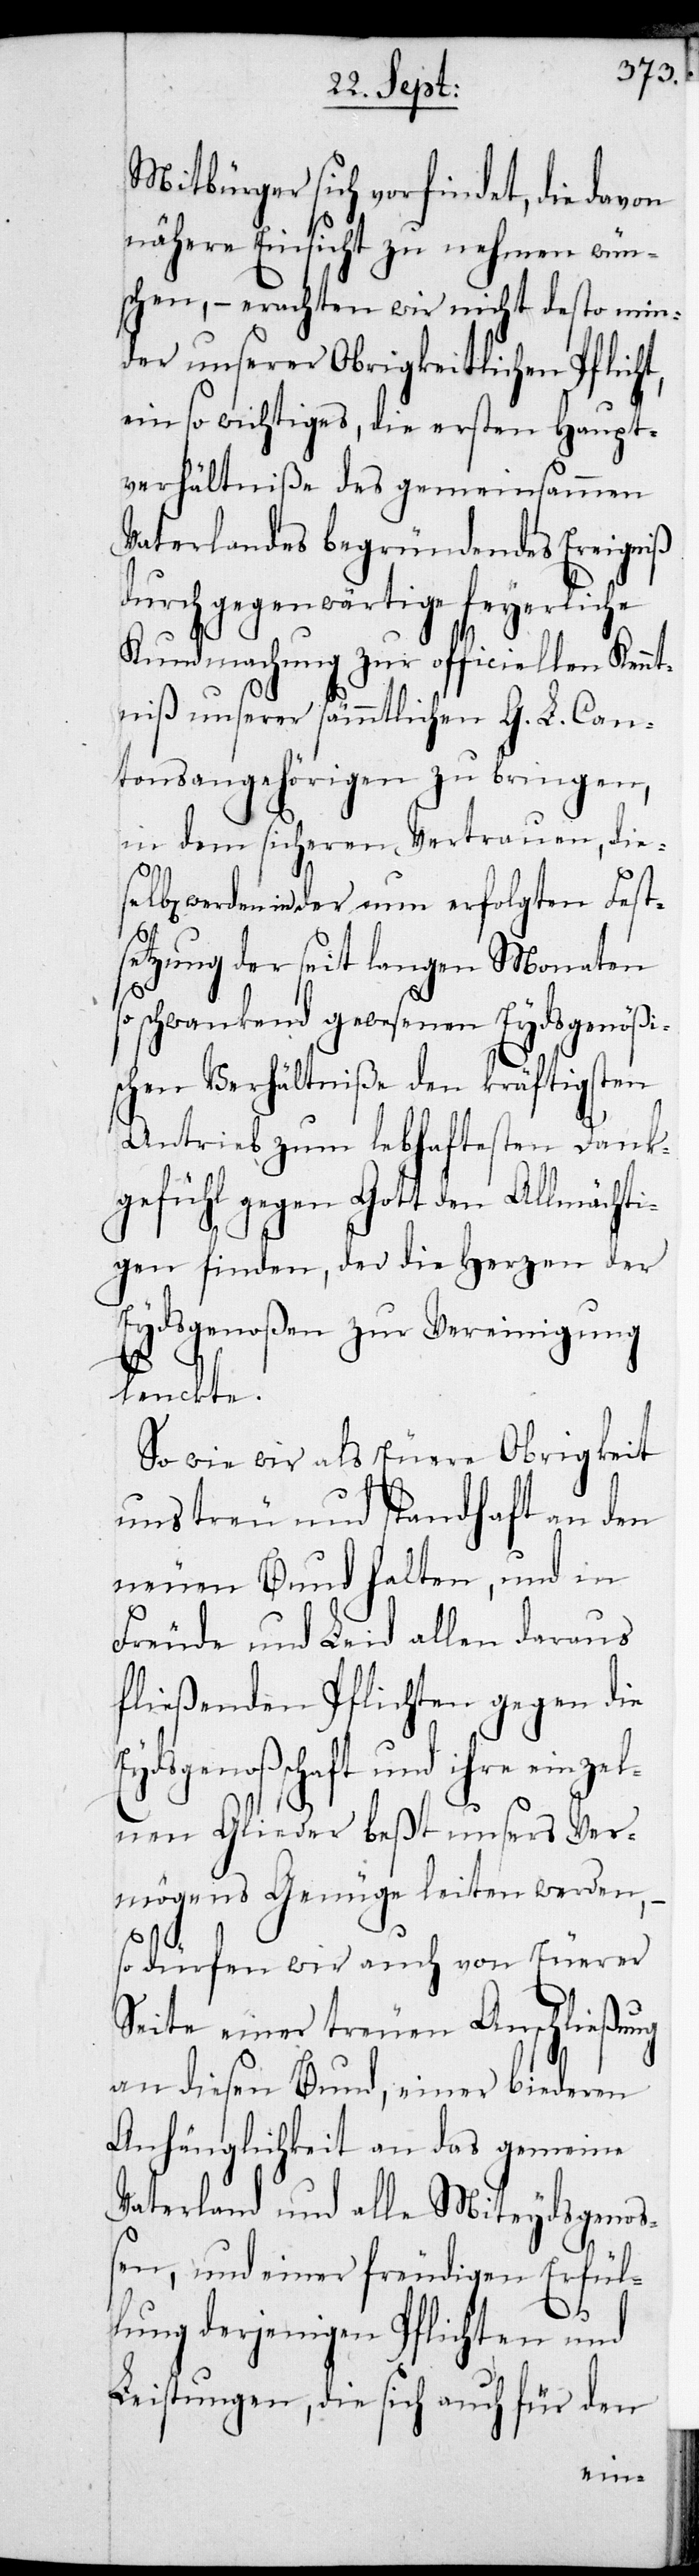
Mitbürger sich vorfindet, die davon
nähere Einsicht zu nehmen wün¬
schen, – erachten wir nicht desto min¬
der unserer Obrigkeitlichen Pflicht,
ein so wichtiges, die ersten Haupt¬
verhältniße des gemeinsammen
Vaterlandes begründendes Ereigniß
durch gegenwärtige feyerliche
Kundmachung zur officiellen Kennt¬
niß unserer sämmtlichen G. L. Can¬
tonsangehörigen zu bringen,
in dem sicheren Vertrauen, dies¬
elben werden in der nun erfolgten Fest¬
setzung der seit langen Monaten
schwankend gewesenen Eydsgenößi¬
schen Verhältniße den kräftigsten
Antrieb zum lebhaftesten Dank¬
gefühl gegen Gott den Allmächti¬
gen finden, der die Herzen der
Eydsgenoßen zur Vereinigung
lenckte.
So wie wir als Euere Obrigkeit
uns treu und standhaft an den
neuen Bund halten, und in
Freude und Leid allen daraus
fließenden Pflichten gegen die
ydsgenoßschaft und ihre einze¬
lnen Glieder beßt unsers Ver¬
mögens Genüge lei[s]ten werden,
so dürfen wir auch von Euerer
Seite einer treuen Anschließung
an diesen Bund, einer biederen
Anhänglichkeit an das gemeine
Vaterland und alle Miteydsgenoß¬
en, und einer freudigen Erfül¬
lung derjenigen Pflichten und
Leistungen, die sich auch für den
E¬